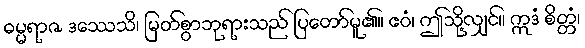
ဓမ္မရာဇ ဒဿေသိ၊ မြတ်စွာဘုရားသည် ပြတော်မူ၏။ ဧဝံ၊ ဤသို့လျှင်။ ဣဒံ စိတ္တံ၊